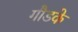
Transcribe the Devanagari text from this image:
गौडके